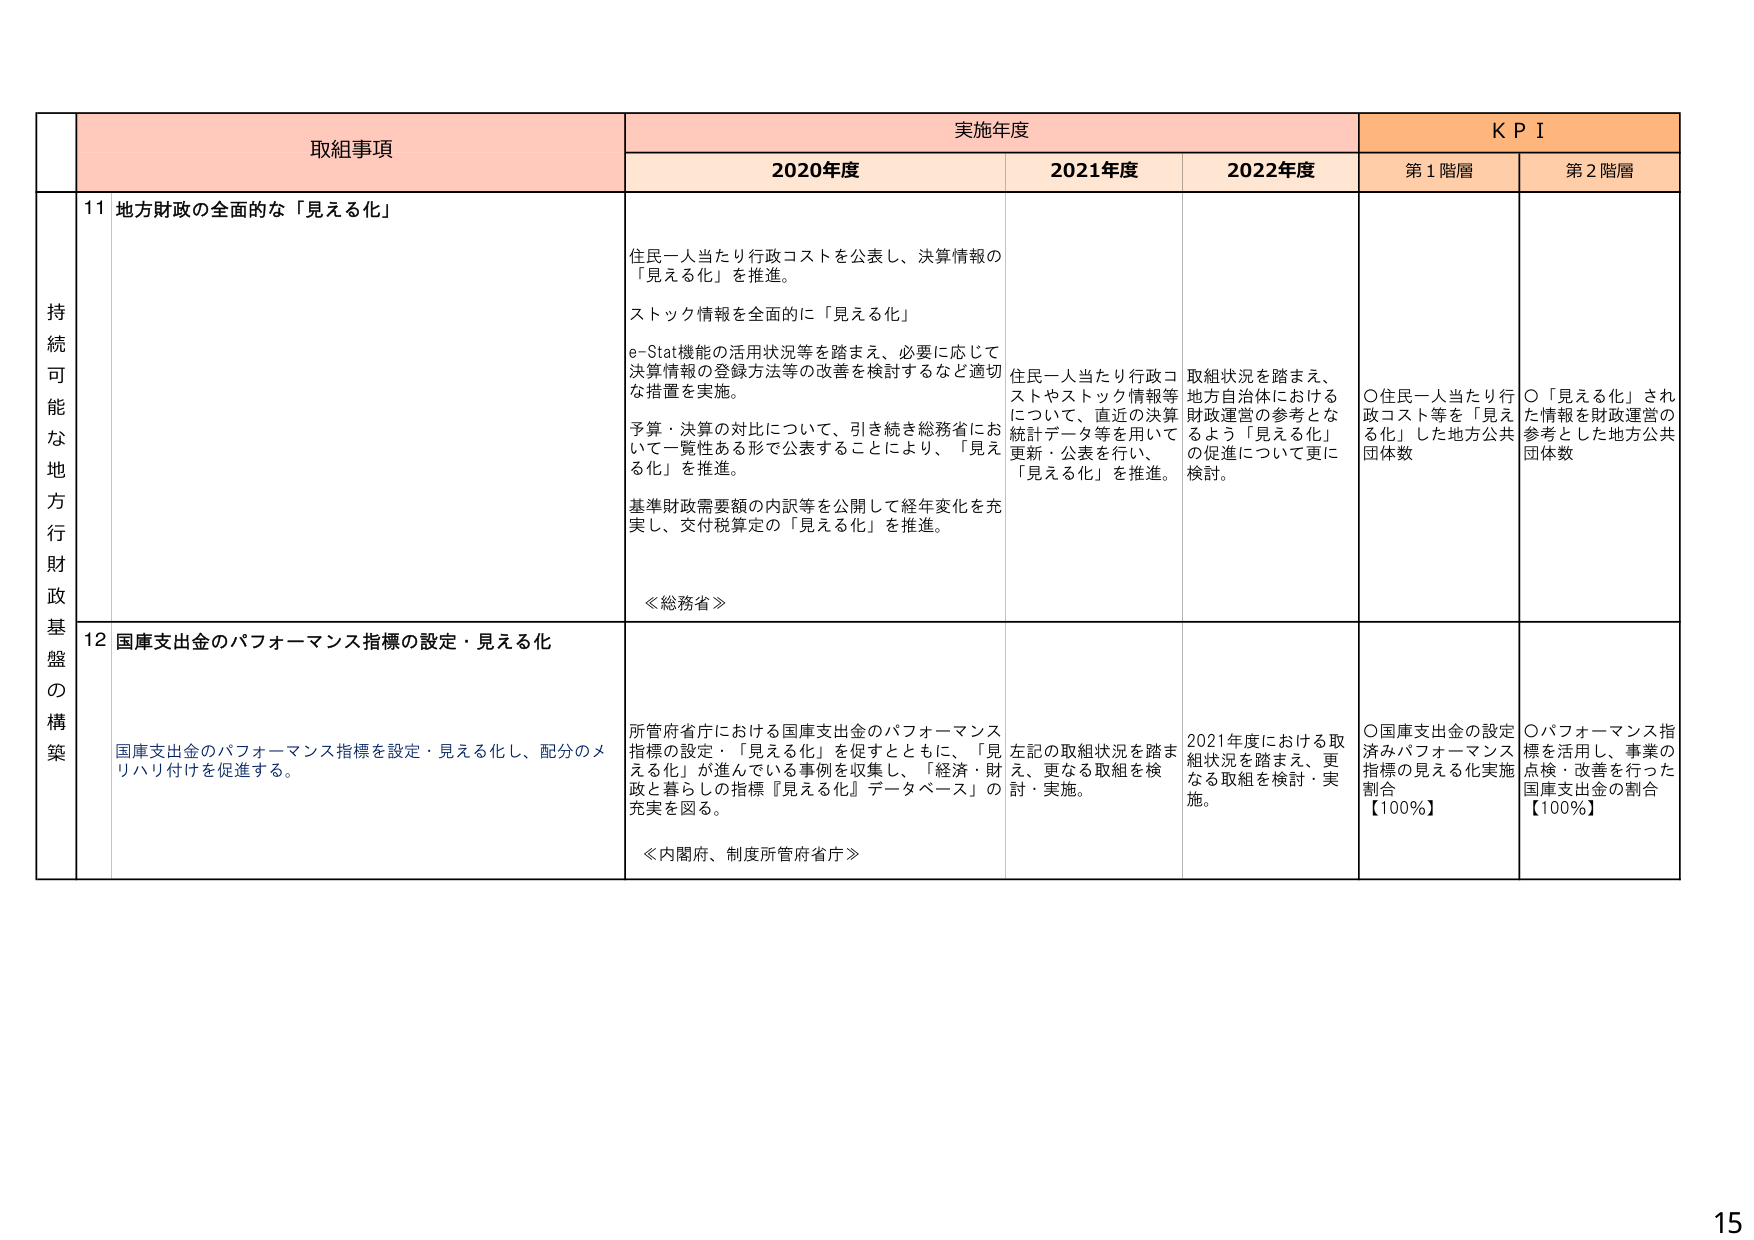
持続可能な地方行政基盤の構築

取組事項

実施年度

KPI

2020年度

2021年度

2022年度

第1階層

第2階層

11 地方財政の全面的な「見える化」

住民一人当たり行政コストを公表し、決算情報の「見える化」を推進。

ストック情報を全面的に「見える化」

e-Stat機能の活用状況等を踏まえ、必要に応じて決算情報の登録方法等の改善を検討するなど適切な措置を実施。

予算・決算の対比について、引き続き総務省において一覧性ある形で公表することにより、「見える化」を推進。

基準財政需要額の内訳等を公開して経年変化を充実し、交付税算定の「見える化」を推進。

≪総務省≫

住民一人当たり行政コストやストック情報等について、直近の決算統計データ等を用いて更新・公表を行い、「見える化」を推進。

取組状況を踏まえ、地方自治体における財政運営の参考となるよう「見える化」の促進について更に検討。

〇住民一人当たり行政コスト等を「見える化」した地方公共団体数

〇「見える化」された情報を財政運営の参考とした地方公共団体数

12 国庫支出金のパフォーマンス指標の設定・見える化

国庫支出金のパフォーマンス指標を設定・見える化し、配分のメリハリ付けを促進する。

所管府省庁における国庫支出金のパフォーマンス指標の設定・「見える化」を促すとともに、「見える化」が進んでいる事例を収集し、「経済・財政と暮らしの指標『見える化』データベース」の充実を図る。

≪内閣府、制度所管府省庁≫

左記の取組状況を踏まえ、更なる取組を検討・実施。

2021年度における取組状況を踏まえ、更なる取組を検討・実施。

〇国庫支出金の設定済みパフォーマンス指標の見える化実施割合【100%】

〇パフォーマンス指標を活用し、事業の点検・改善を行った国庫支出金の割合【100%】

15